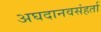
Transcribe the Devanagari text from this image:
अघदानवसंहर्ता